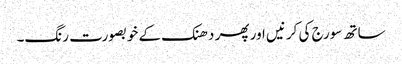
ساتھ سورج کی کرنیں اور پھر دھنک کے خوبصورت رنگ۔